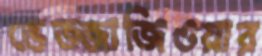
ভেজ্জাজিওয়ার